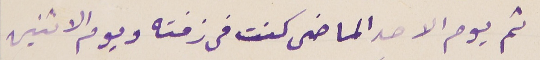
ثم يوم الاحد الماضى كنت فى زفته ويوم الاثنين